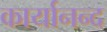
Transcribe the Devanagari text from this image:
कार्यानन्द